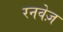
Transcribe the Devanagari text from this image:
रनवेज़